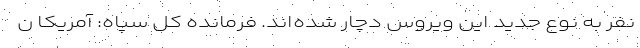
نفر به نوع جدید این ویروس دچار شده‌اند. فرمانده کل سپاه: آمریکا ن